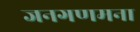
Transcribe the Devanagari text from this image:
जनगणमना